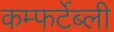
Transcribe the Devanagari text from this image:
कम्फर्टेब्ली